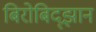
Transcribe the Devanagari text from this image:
बिरोबिद्झान